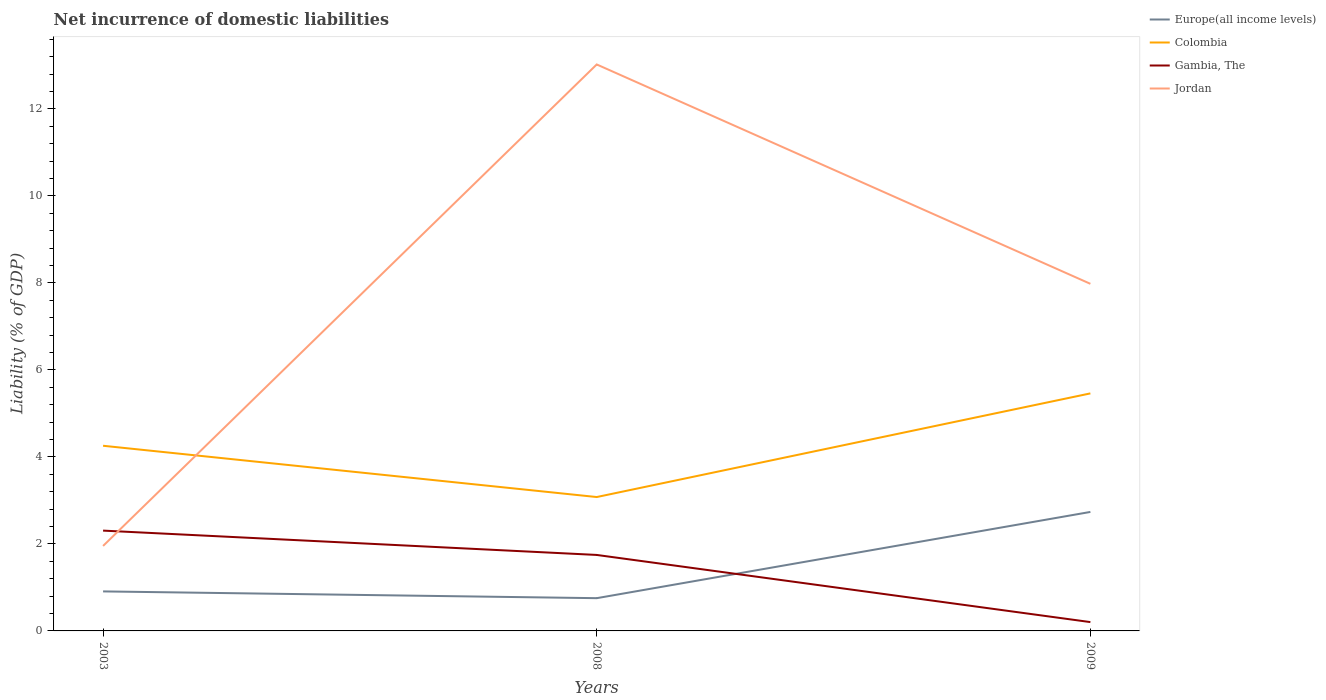
| Years | Europe(all income levels) | Colombia | Gambia, The | Jordan |
 | --- | --- | --- | --- | --- |
 | 2003 | 0.909 | 4.26 | 2.31 | 1.95 |
 | 2008 | 0.753 | 3.08 | 1.75 | 13 |
 | 2009 | 2.74 | 5.46 | 0.203 | 7.98 |